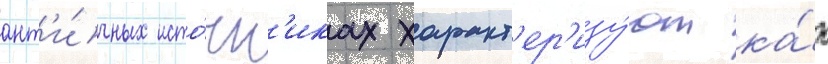
ант'и́чных исто́чн'иках характ'ер'изу́ют ка́к